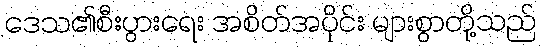
ဒေသ၏စီးပွားရေး အစိတ်အပိုင်း များစွာတို့သည်